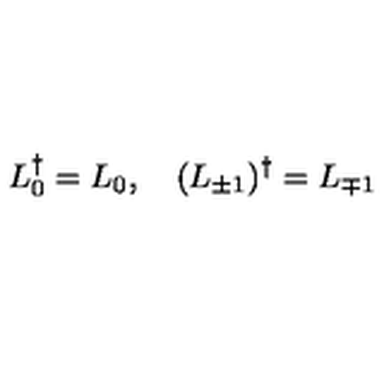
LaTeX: L _ { 0 } ^ { \dag } = L _ { 0 } , \quad ( L _ { \pm 1 } ) ^ { \dag } = L _ { \mp 1 }